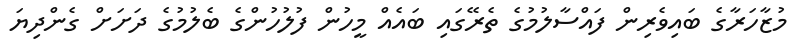
މުޒާހަރާގެ ބައިވެރިން ފައްސާލުމުގެ ތެރޭގައި ބައެއް މީހުން ފުލުހުންގެ ބެލުމުގެ ދަށަށް ގެންދިޔަ